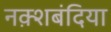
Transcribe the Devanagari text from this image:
नक़्शबंदिया